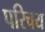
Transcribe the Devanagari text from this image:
परिचय